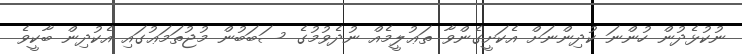
ނުކުޅެދުން ހުންނަ ކުދިންނަށް އެކަށީގެންވާ ތަޢުލީމެއް ނުދެވުމުގެ ސަބަބުން މުޖުތަމަޢުގައި އެކުދިން ބާކީވެ